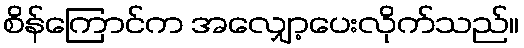
စိန်ကြောင်က အလျှော့ပေးလိုက်သည်။